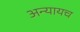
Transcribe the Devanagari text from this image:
अन्यायच